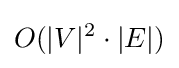
O(|V|^{2}\cdot |E|)